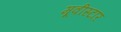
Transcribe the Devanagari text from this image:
मूवीस्टार